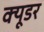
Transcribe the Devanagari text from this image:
क्यूडर